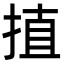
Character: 㨁